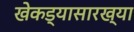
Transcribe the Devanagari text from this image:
खेकड्यासारख्या